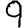
Digit: 9